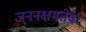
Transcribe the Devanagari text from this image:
जननक्षमतेवर